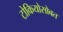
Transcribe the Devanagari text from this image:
टोकियोसोबत